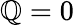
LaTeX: \mathbb{Q}=0